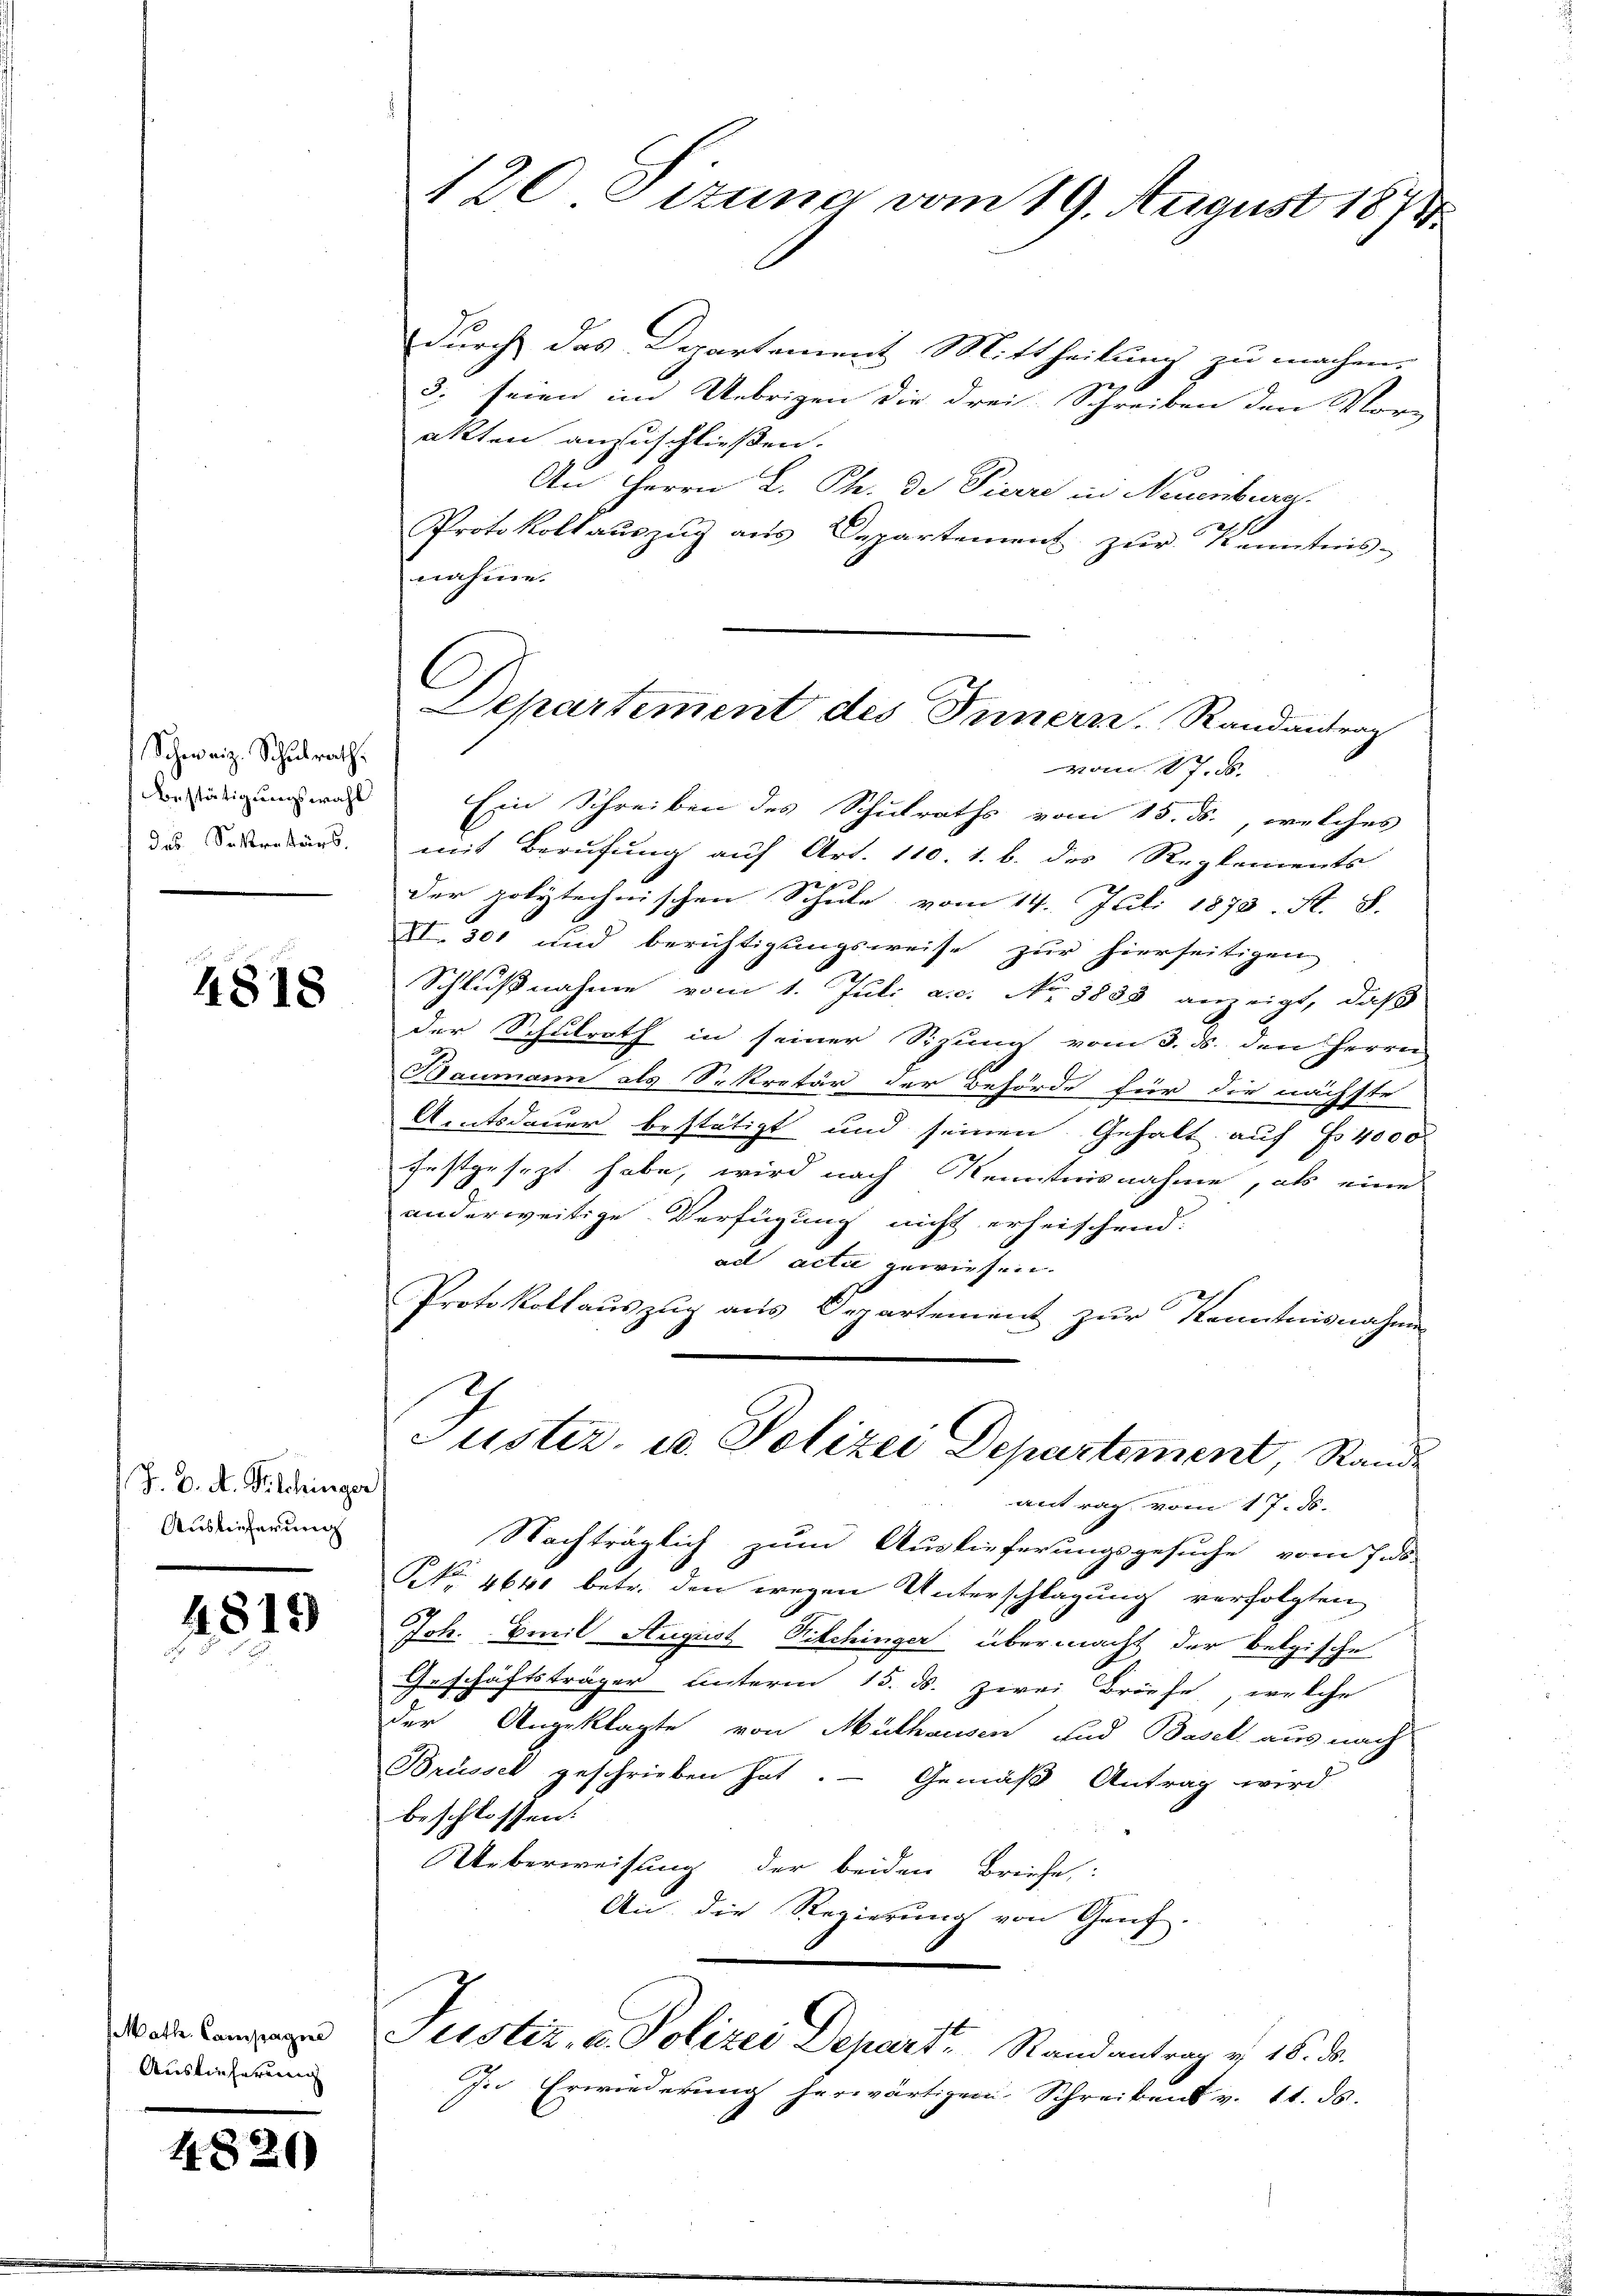
Schweiz. Schulrath.
estätigungswahl
das Sekretärs.

4818

J. D. A. Kilchinger
Auslieferung

4819

Math. Compages
Auslieferung

4.820)

120. Sizung vom 19. August 1874

C
Departement des Innern Randantrag

durch das Departement Mittheilung zu machen.
3. seien im Uebrigen die drei Schreiben den Vor-
akten anzuschließen.
An Herrn L. Ph. De Pierre in Neuenburg.
Protokoll aŭszŭg aŭs Departement zŭr Kenntnis-
nahme.
vom 17. d.
Ein Schreiben des Schulraths vom 15. ds., welches
mit Berufung auf Art. 110. 1. b. des Reglements
der polytechnischen Schule vom 14. Juli 1873. A. S.
XI. 301 und berichtigungsweise zur hierseitigen
Schlußnahme vom 1. Juli a.c. No. 5833 anzeigt, daß
der Schulrath in seiner Sizung vom 3. ds. den Herrn
Baumann als Sekretär der Behörde für die nächste
Amtsdauer bestätigt und seinen Gehalt auf Fr. 4000
festgesezt habe, wird nach Kenntnisnahme, als eine
anderweitige Verfügung nicht erheischend:
ad acti gewiesen.
Protokollauszug aus Departement zur Kenntnisnahme
Juster, u. Polizei Departement, Standantrag vom 17. ds.
Nachträglich zum Auslieferungsgesuche vom Eids-
NNo. 4640 betr. den wegen Unterschlagung verfolgten
Joh. Emil August Ritchinger übermacht der belgische
Geschäftsträger unterm 15. ds. zwei Briefe, welche
der Angeklagte von Mülhausen und Basel aus nach
Brüssel geschrieben hat. — Gemäß Antrag wird
beschlossen:
Ueberweisung der beiden Briefe:
An die Regierung von Genf.
Justiz, u. Polizei Departe Randantrag v. 16. ds.
In Erwiederung herwärtigem Schreibens v. 11. ds.